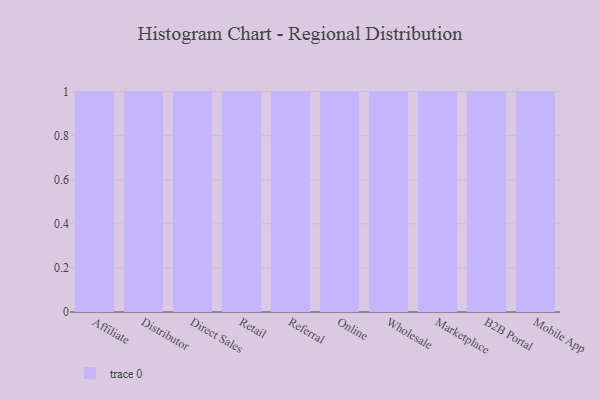
{"axis": {"x": "Channel", "y": "Budget (USD K)"}, "legend": [""], "data": [{"x": "Affiliate", "y": 11, "type": ""}, {"x": "Distributor", "y": 30, "type": ""}, {"x": "Direct Sales", "y": 74, "type": ""}, {"x": "Retail", "y": 23, "type": ""}, {"x": "Referral", "y": 96, "type": ""}, {"x": "Online", "y": 40, "type": ""}, {"x": "Wholesale", "y": 44, "type": ""}, {"x": "Marketplace", "y": 42, "type": ""}, {"x": "B2B Portal", "y": 44, "type": ""}, {"x": "Mobile App", "y": 66, "type": ""}]}